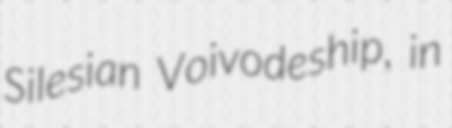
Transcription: Silesian Voivodeship, in